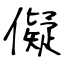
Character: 儗